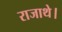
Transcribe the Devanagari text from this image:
राजाथे।